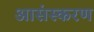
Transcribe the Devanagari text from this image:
आसंस्करण